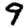
Digit: 9